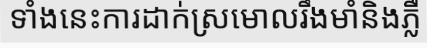
ទាំងនេះការដាក់ស្រមោលរឹងមាំនិងភ្លឺ